65_HS1-834228961_62-HQ-83894_SUB_A
Agency: FBI
Page 113
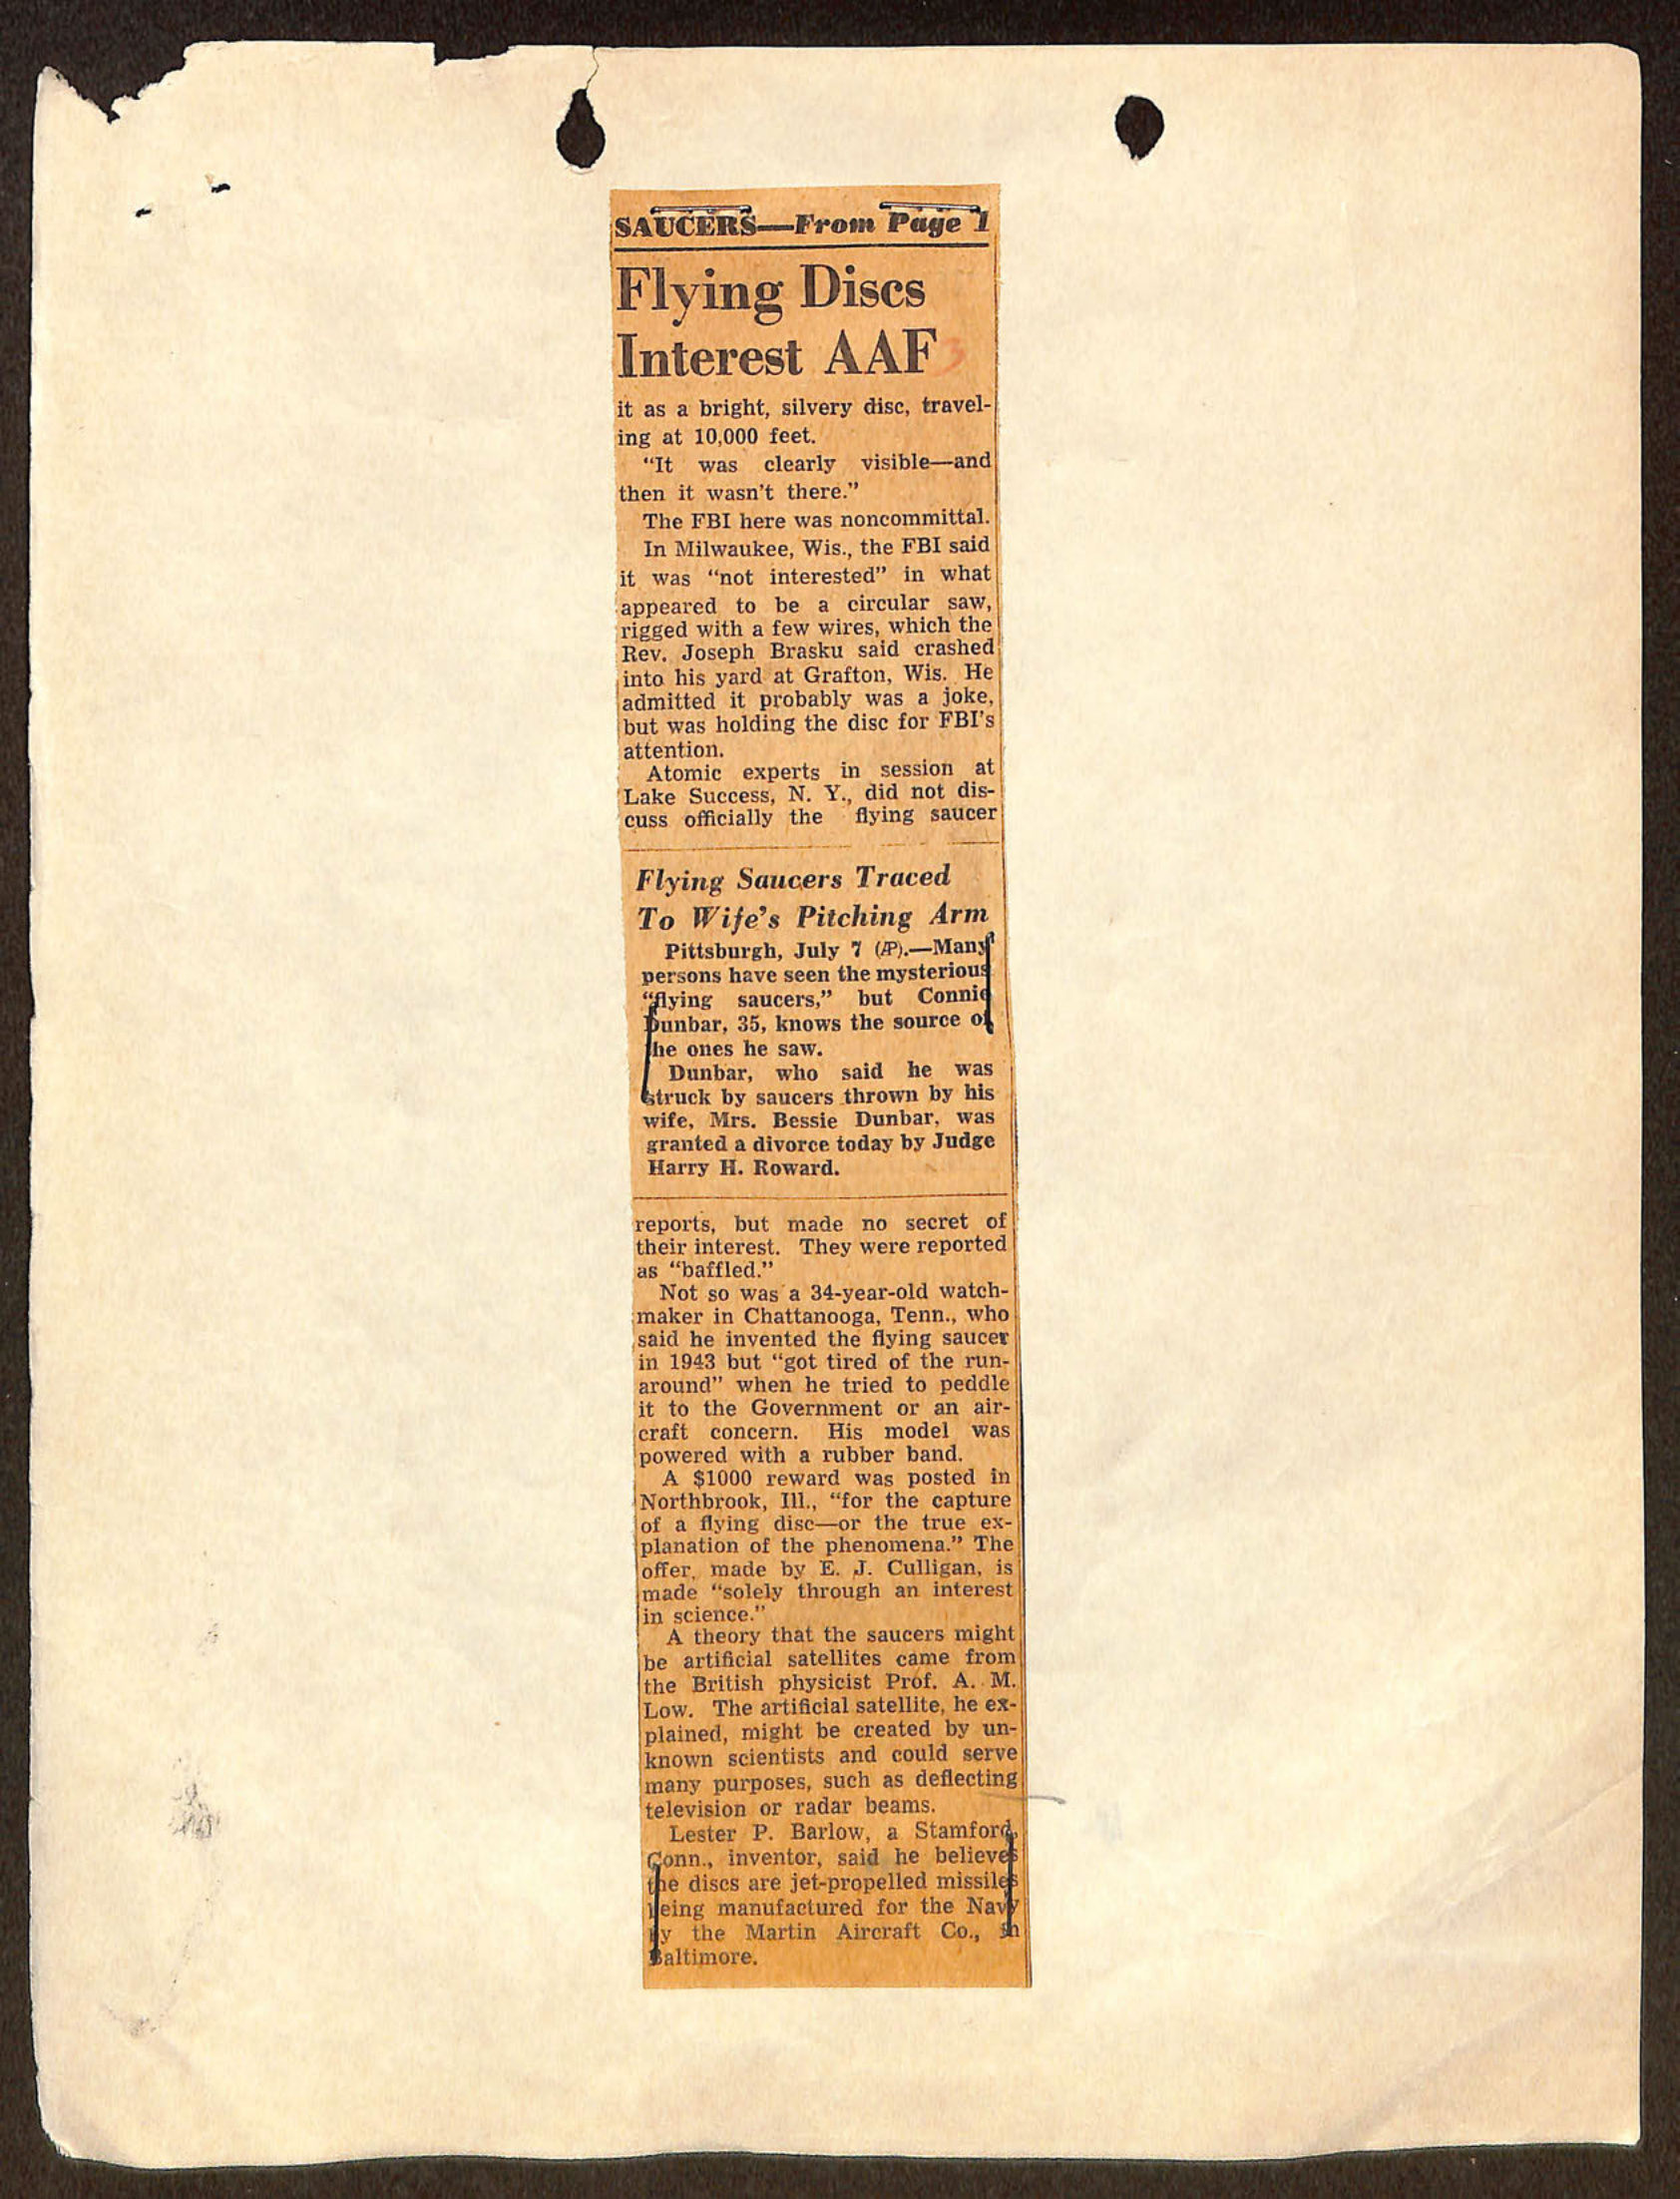